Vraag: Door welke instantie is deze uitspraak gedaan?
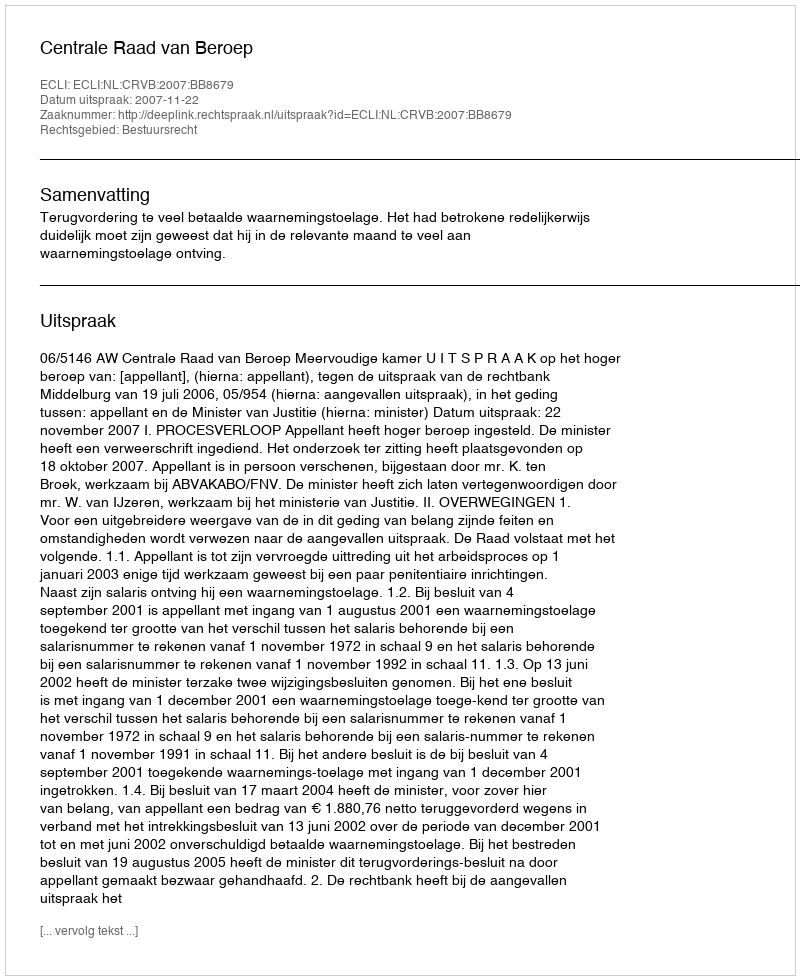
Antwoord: Centrale Raad van Beroep